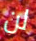
لن